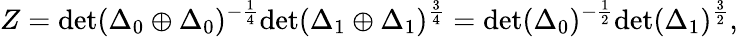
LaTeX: Z=\mathrm{det}(\Delta_{0}\oplus\Delta_{0})^{-\frac{1}{4}}\mathrm{det}(\Delta_{1}\oplus\Delta_{1})^{\frac{3}{4}}=\mathrm{det}(\Delta_{0})^{-\frac{1}{2}}\mathrm{det}(\Delta_{1})^{\frac{3}{2}},